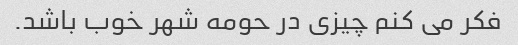
فکر می کنم چیزی در حومه شهر خوب باشد.